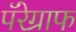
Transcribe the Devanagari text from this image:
पॅरेग्राफ